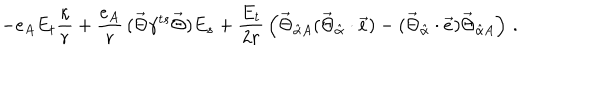
LaTeX: - e _ { A } E _ { t } \frac { \kappa } { r } + \frac { e _ { A } } { r } \, ( \vec { \Theta } \gamma ^ { t s } \vec { \Theta } ) E _ { s } + \frac { E _ { t } } { 2 r } \, \left( \vec { \Theta } _ { \hat { \alpha } A } ( \vec { \Theta } _ { \hat { \alpha } } \cdot \vec { e } ) - ( \vec { \Theta } _ { \hat { \alpha } } \cdot \vec { e } ) \vec { \Theta } _ { \hat { \alpha } A } \right) \, .